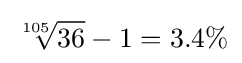
{\sqrt[{105}]{36}}-1=3.4\%